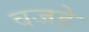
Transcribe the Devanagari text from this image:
वजहे